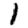
Digit: 1